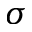
\sigma